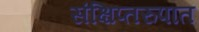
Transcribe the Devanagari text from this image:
संक्षिप्तरुपात